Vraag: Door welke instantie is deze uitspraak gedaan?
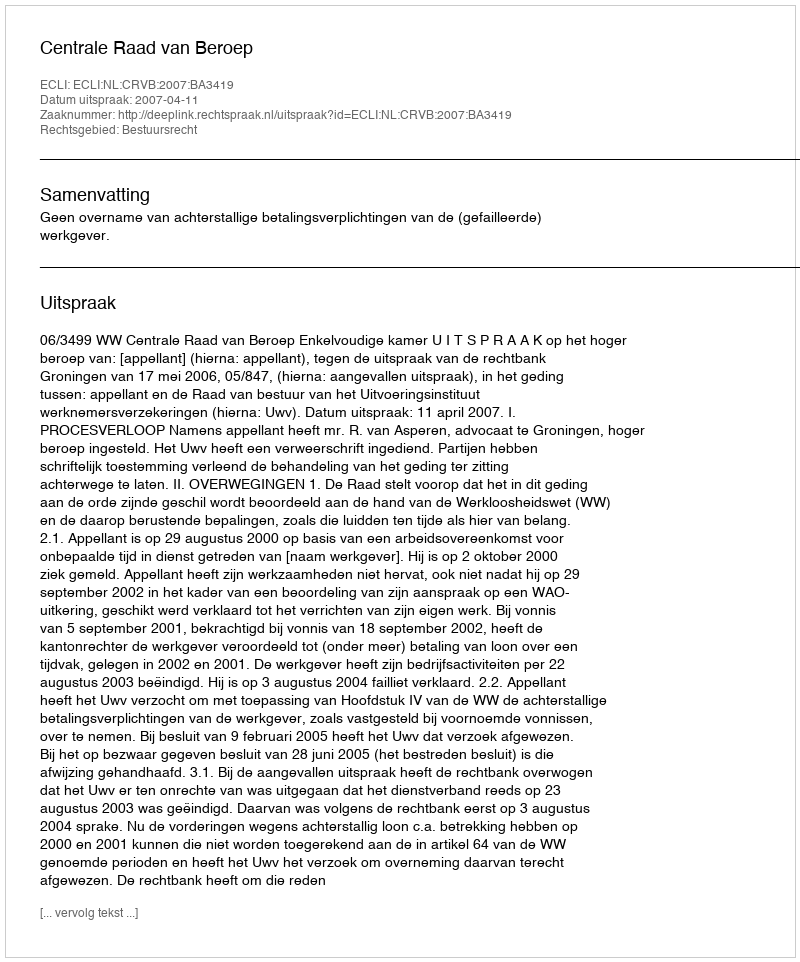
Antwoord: Centrale Raad van Beroep